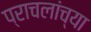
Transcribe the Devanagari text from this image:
प्राचलांच्या